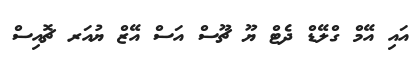
އަައި އޭމް ގްލޭޑް ދެޓް ޔޫ ޗޫސް އަސް އޭޒް ޔުއަރ ޗޮއިސް